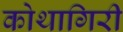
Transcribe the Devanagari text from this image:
कोथागिरी